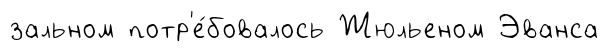
зальном потр'е́бовалось Жюльеном Эванса